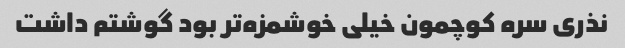
نذری سره کوچمون خیلی خوشمزه‌تر بود گوشتم داشت